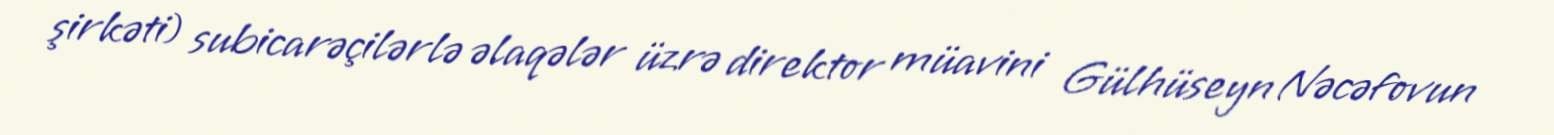
şirkəti) subicarəçilərlə əlaqələr üzrə direktor müavini Gülhüseyn Nəcəfovun